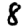
Digit: 8